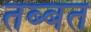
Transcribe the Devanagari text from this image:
तब्बत